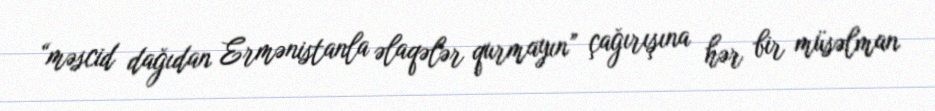
“məscid dağıdan Ermənistanla əlaqələr qurmayın” çağırışına hər bir müsəlman